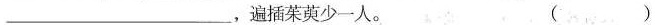
___，遍插茱萸少一人。 ()